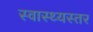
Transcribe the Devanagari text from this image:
स्वास्थ्यस्तर